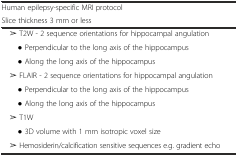
<table><thead><tr><td><b>Human epilepsy-specific MRI protocol</b></td><td></td></tr><tr><td><b>Slice thickness 3 mm or less</b></td><td></td></tr></thead><tbody><tr><td> ➢ T2W - 2 sequence orientations for hippocampal angulation</td><td></td></tr><tr><td>● Perpendicular to the long axis of the hippocampus</td><td></td></tr><tr><td>● Along the long axis of the hippocampus</td><td></td></tr><tr><td> ➢ FLAIR - 2 sequence orientations for hippocampal angulation</td><td></td></tr><tr><td>● Perpendicular to the long axis of the hippocampus</td><td></td></tr><tr><td>● Along the long axis of the hippocampus</td><td></td></tr><tr><td> ➢ T1W</td><td></td></tr><tr><td>● 3D volume with 1 mm isotropic voxel size</td><td></td></tr><tr><td> ➢ Hemosiderin/calcification sensitive sequences e.g. gradient echo</td><td></td></tr></tbody></table>